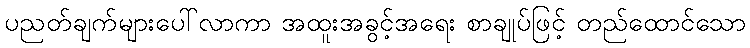
ပညတ်ချက်များပေါ်လာကာ အထူးအခွင့်အရေး စာချုပ်ဖြင့် တည်ထောင်သော